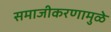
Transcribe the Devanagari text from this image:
समाजीकरणामुळे